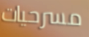
مسرحيات